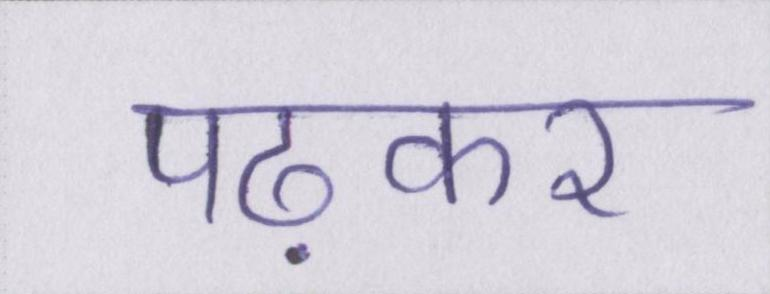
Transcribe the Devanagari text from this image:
पढ़कर